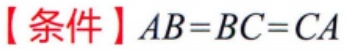
【条件】$AB = BC = CA$